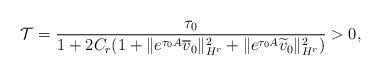
LaTeX: \begin{align*} \mathcal{T} = \frac{\tau_0}{1+2C_r(1+\|e^{\tau_0 A} \overline{v}_0 \|_{H^r}^2 + \|e^{\tau_0 A} \widetilde{v}_0 \|_{H^r}^2)} > 0,\end{align*}